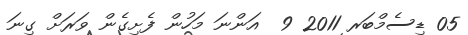
05 ޑިސެމްބަރ 2011 9  އަންނަ މަހުން ފެށިގެން ވަރަށް ގިނަ